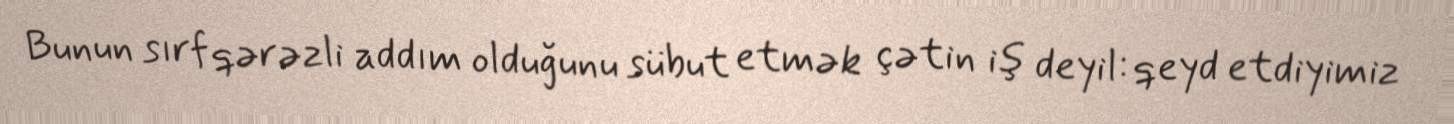
Bunun sırf qərəzli addım olduğunu sübut etmək çətin iş deyil: qeyd etdiyimiz